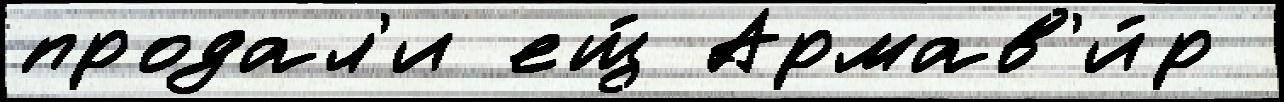
продал'и ещ́ Армав'и́р